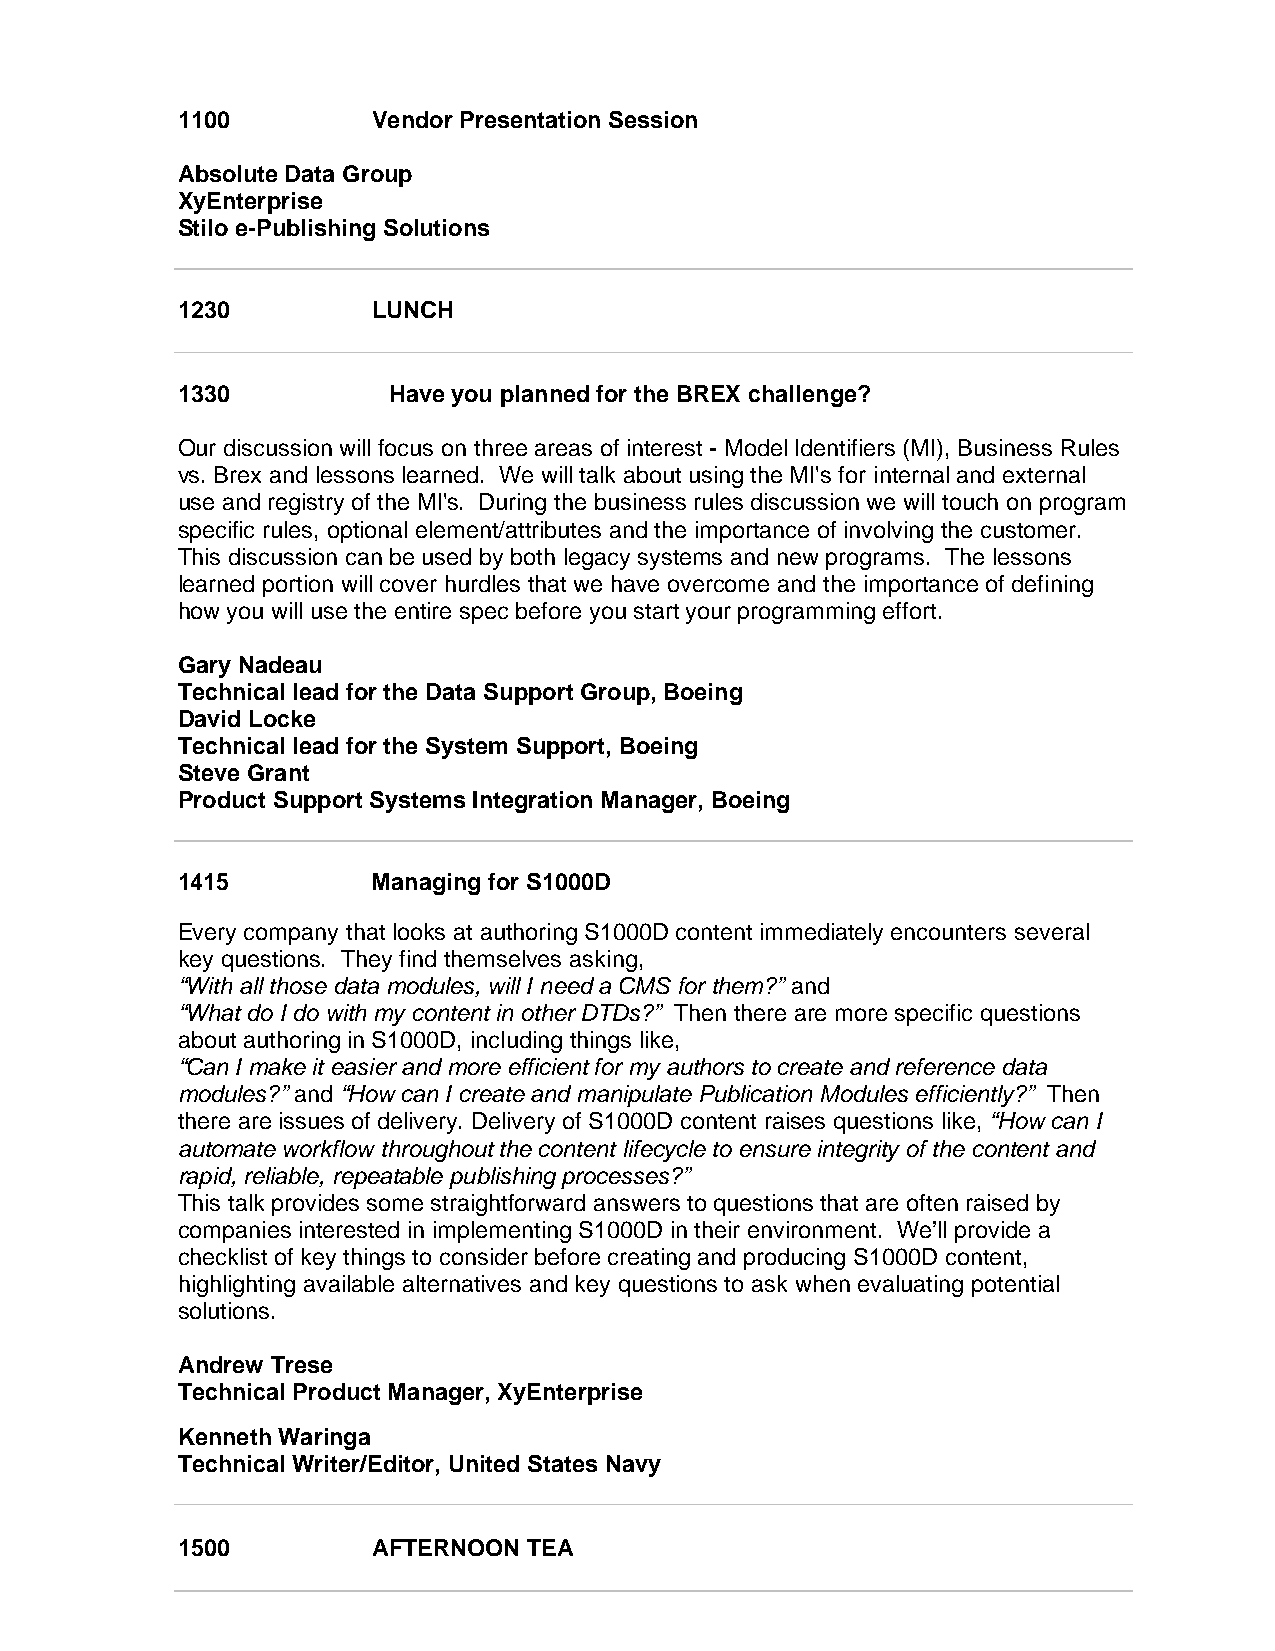
1100         Vendor Presentation Session
 Absolute Data Group
 XyEnterprise
 Stilo e-Publishing Solutions
 1230         LUNCH
 1330          Have you planned for the BREX challenge?
 Our discussion will focus on three areas of interest - Model Identifiers (MI), Business Rules
 vs. Brex and lessons learned. We will talk about using the MI's for internal and external
 use and registry of the MI's. During the business rules discussion we will touch on program
 specific rules, optional element/attributes and the importance of involving the customer.
 This discussion can be used by both legacy systems and new programs. The lessons
 learned portion will cover hurdles that we have overcome and the importance of defining
 how you will use the entire spec before you start your programming effort.
 Gary Nadeau
 Technical lead for the Data Support Group, Boeing
 David Locke
 Technical lead for the System Support, Boeing
 Steve Grant
 Product Support Systems Integration Manager, Boeing
 1415         Managing for S1000D
 Every company that looks at authoring S1000D content immediately encounters several
 key questions. They find themselves asking,
 “With all those data modules, will I need a CMS for them?” and
 “What do I do with my content in other DTDs?” Then there are more specific questions
 about authoring in S1000D, including things like,
 “Can I make it easier and more efficient for my authors to create and reference data
 modules?” and “How can I create and manipulate Publication Modules efficiently?” Then
 there are issues of delivery. Delivery of S1000D content raises questions like, “How can I
 automate workflow throughout the content lifecycle to ensure integrity of the content and
 rapid, reliable, repeatable publishing processes?”
 This talk provides some straightforward answers to questions that are often raised by
 companies interested in implementing S1000D in their environment. We’ll provide a
 checklist of key things to consider before creating and producing S1000D content,
 highlighting available alternatives and key questions to ask when evaluating potential
 solutions.
 Andrew Trese
 Technical Product Manager, XyEnterprise
 Kenneth Waringa
 Technical Writer/Editor, United States Navy
 1500         AFTERNOON TEA